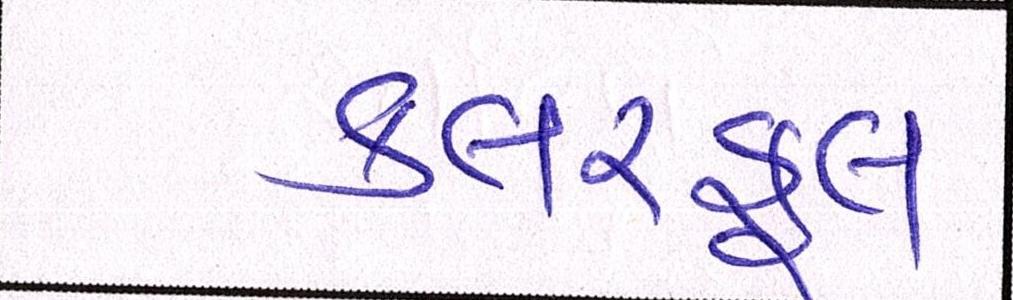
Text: કલરફૂલ